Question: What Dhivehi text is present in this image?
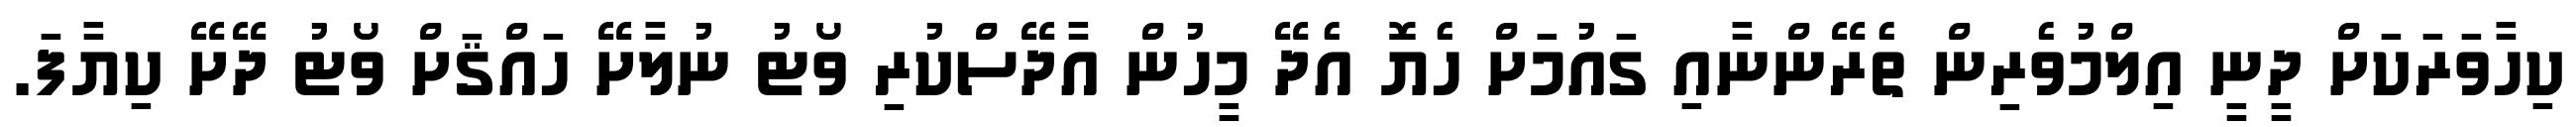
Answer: ކިހާވަރަކަށް ދީނީ އިލްމުވެރިން ތެރޭންނާއި ގައުމަށް ހެޔޮ އެދޭ މީހުން އާދޭސްކުރި ވޯޓު ނުލާށޭ ހައްޤަށް ވޯޓު ދޭށޭ ކިޔާފަ.